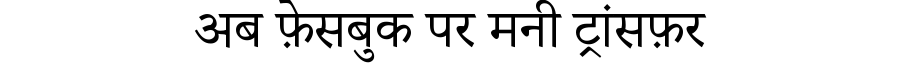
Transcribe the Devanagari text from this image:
अब फ़ेसबुक पर मनी ट्रांसफ़र